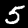
Digit: 5